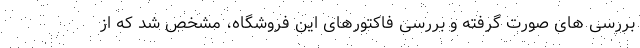
بررسی های صورت گرفته و بررسی فاکتورهای این فروشگاه، مشخص شد که از